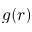
g ( r )